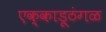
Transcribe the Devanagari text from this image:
एक्काडूठंगळ